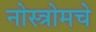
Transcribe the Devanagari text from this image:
नोस्त्रोमचे